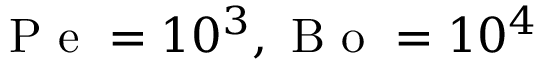
\mathrm { ~ P ~ e ~ } = 1 0 ^ { 3 } , \mathrm { ~ B ~ o ~ } = 1 0 ^ { 4 }